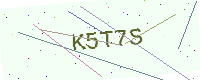
Text: K5T7S